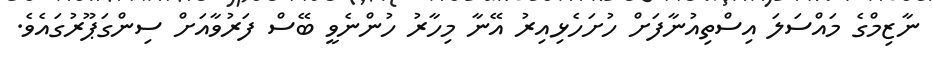
ނާޒިމްގެ މައްސަލަ އިސްތިއުނާފަށް ހުށަހެޅިއިރު އޭނާ މިހާރު ހުންނެވީ ބޭސް ފަރުވާއަށް ސިންގަޕޫރުގައެވެ.